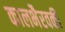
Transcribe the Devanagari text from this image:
कालभैरवकी